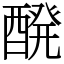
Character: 醗